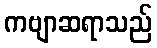
ကဗျာဆရာသည်